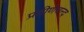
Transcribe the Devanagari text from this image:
प्रवीणचन्द